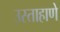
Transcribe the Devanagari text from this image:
उस्ताहाणे